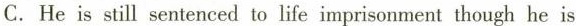
C.He is still sentenced to life imprisonment though he is